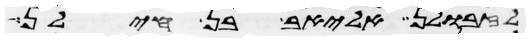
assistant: לזבולן אליאב בן חילן